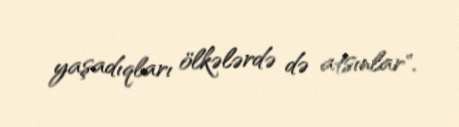
yaşadıqları ölkələrdə də atsınlar".